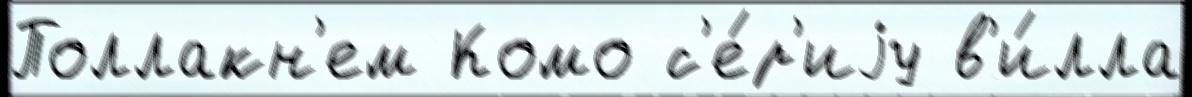
Поллакн'ем Комо с'е́р'иjу в'и́лла